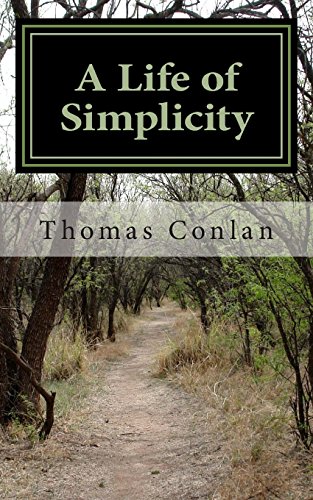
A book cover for A Life of Simplicity; Thomas Conlan; Parenting & Relationships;